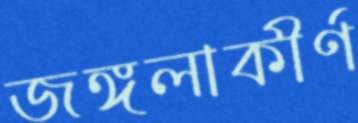
জঙ্গলাকীর্ণ